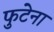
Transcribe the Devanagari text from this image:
फुटेना